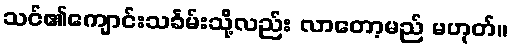
သင်၏ကျောင်းသင်္ခမ်းသို့လည်း လာတော့မည် မဟုတ်။